255_413270_UFO's_and_Defense_What_Should_we_Prepare_For
Agency: NASA
Page 75
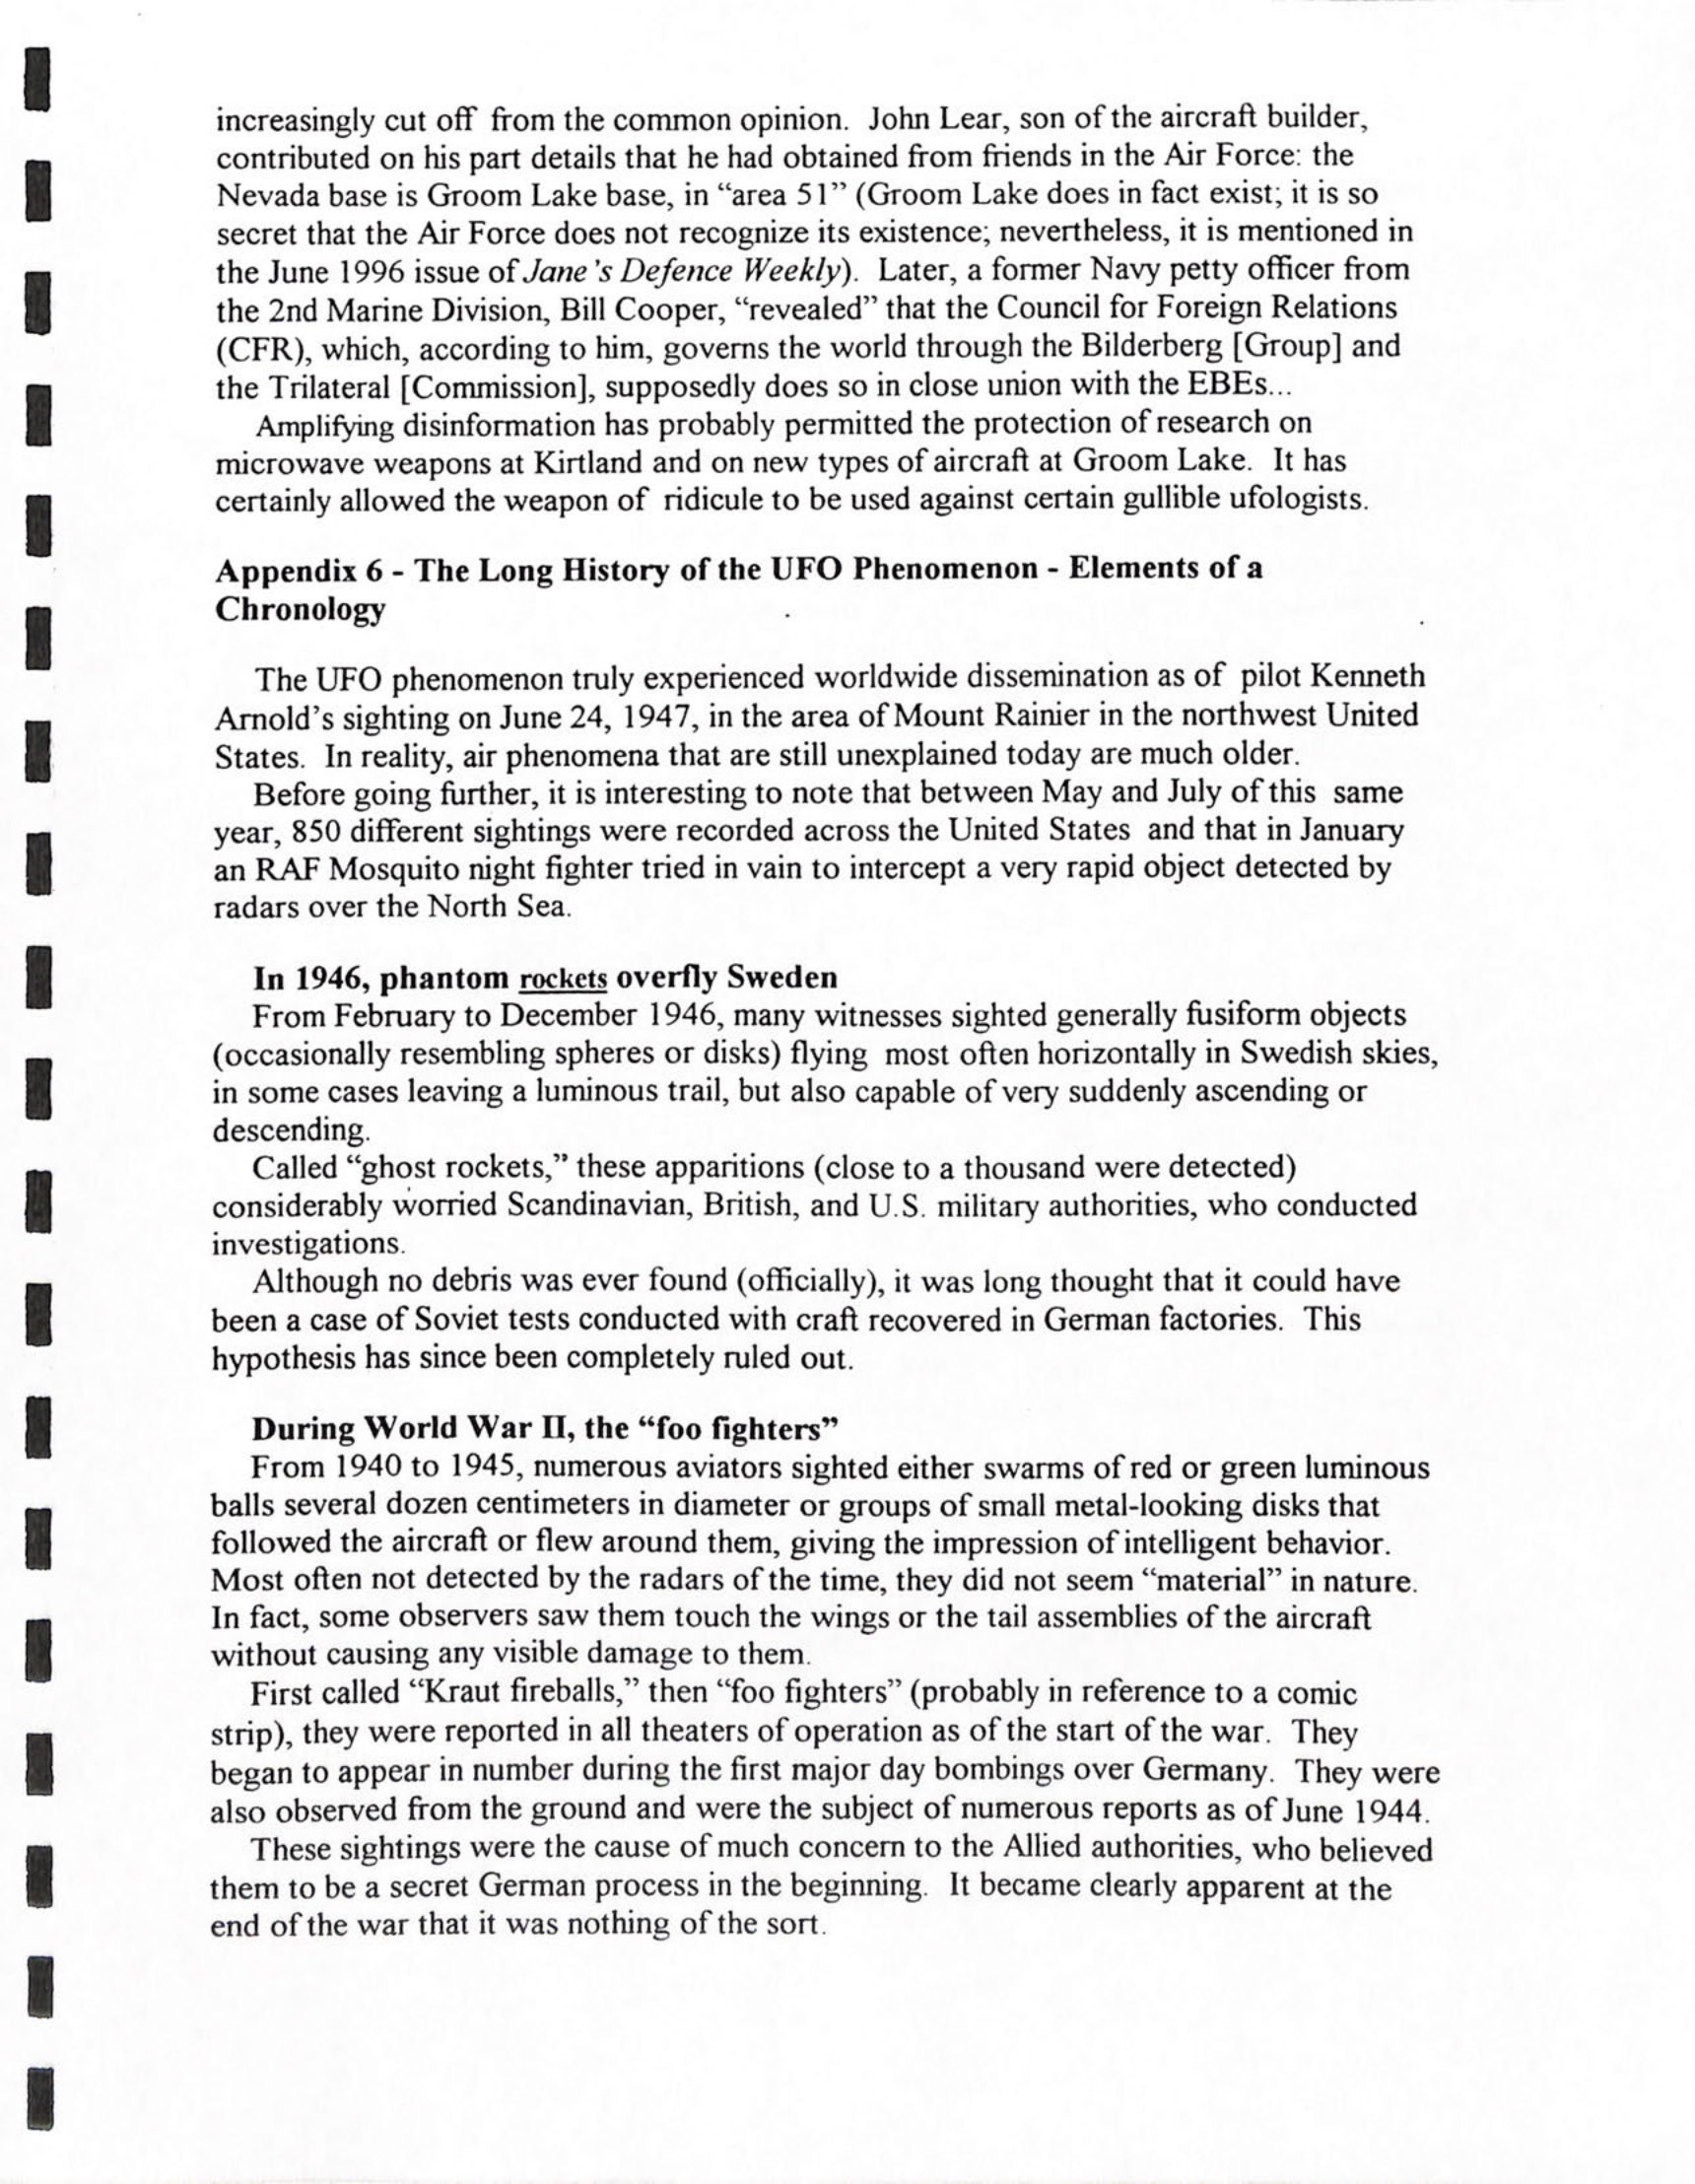